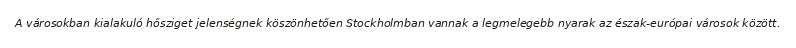
A városokban kialakuló hősziget jelenségnek köszönhetően Stockholmban vannak a legmelegebb nyarak az észak-európai városok között.